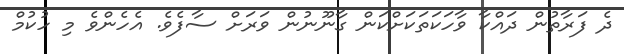
ދެ ފަރާތުން ދައްކާ ވާހަކަތަކަށްކަން ގާނޫނުން ވަރަށް ސާފެވެ. އެހެންވެ މި ހުކުމް